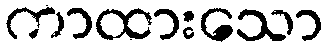
ကာထားသော